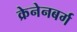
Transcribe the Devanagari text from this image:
क्रेनेनबर्ग